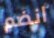
انضم